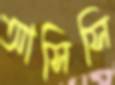
আসিসি